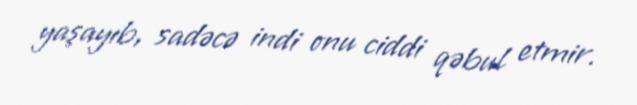
yaşayıb, sadəcə indi onu ciddi qəbul etmir.